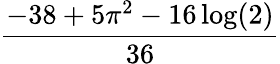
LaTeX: \frac{-38+5\pi^{2}-16\log(2)}{36}